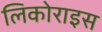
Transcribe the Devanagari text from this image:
लिकोराइस